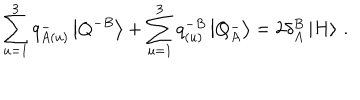
\sum _ { u = 1 } ^ { 3 } q _ { A ( u ) } ^ { - } \left| Q ^ { - B } \right> + \sum _ { u = 1 } ^ { 3 } q _ { ( u ) } ^ { - B } \left| Q _ { A } ^ { - } \right> = 2 \delta _ { A } ^ { B } \left| H \right> \, .